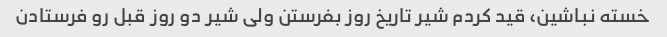
خسته نباشین، قید کردم شیر تاریخ روز بفرستن ولی شیر دو روز قبل رو فرستادن